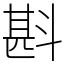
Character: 斟